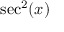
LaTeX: \sec ^ { 2 } ( x )